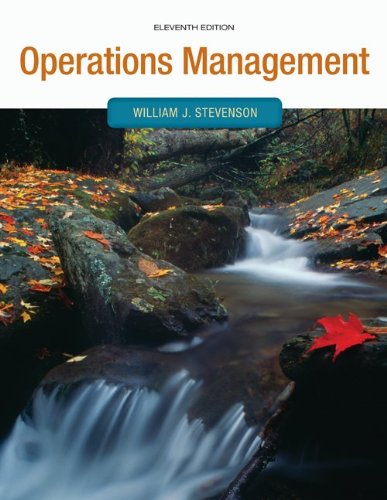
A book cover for Operations Management (Operations and Decision Sciences); William Stevenson; Business & Money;